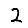
Digit: 2